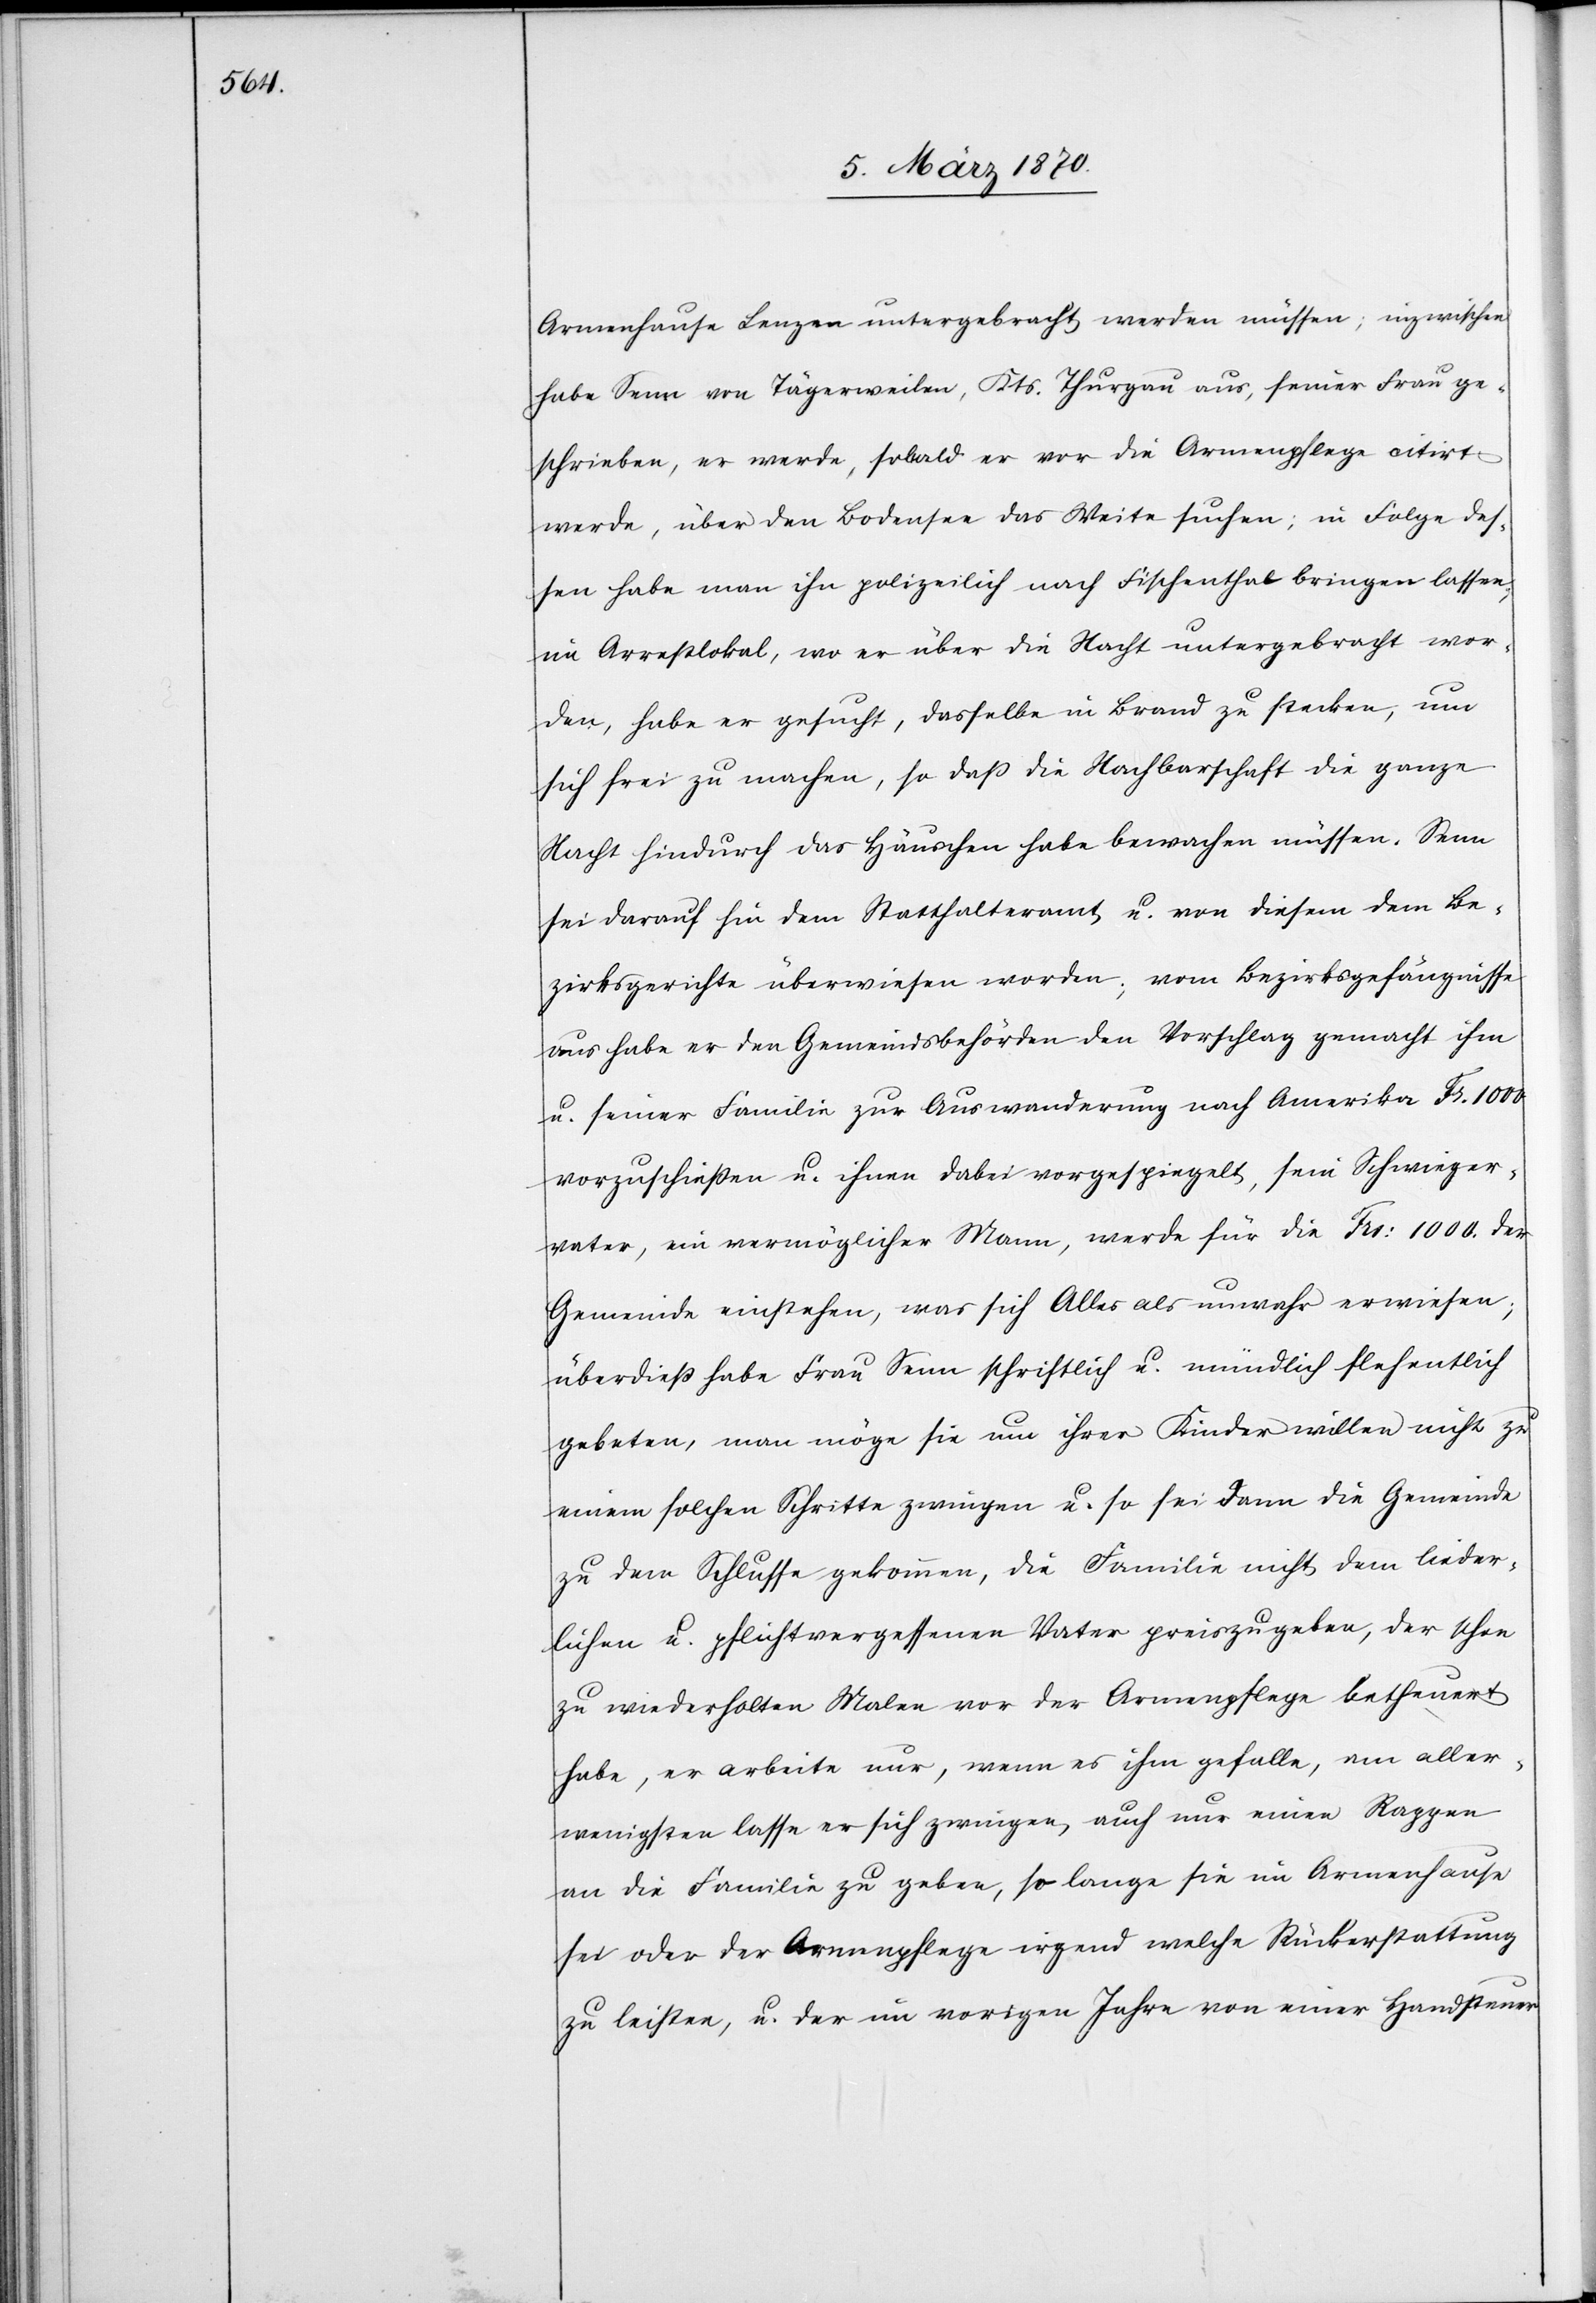
Armenhause Lenzen untergebracht werden müssen; inzwischen
habe Senn von Tägerweilen, Kts. Thurgau aus, seiner Frau ge¬
schrieben, er werde, sobald er vor die Armenpflege citirt
werde, über den Bodensee das Weite suchen; in Folge des¬
sen habe man ihn polizeilich nach Fischenthal bringen lassen;
im Arrestlokal, wo er über die Nacht untergebracht wor¬
den, habe er gesucht, dasselbe in Brand zu stecken, um
sich frei zu machen, so daß die Nachbarschaft die ganze
Nacht hindurch das Häuschen habe bewachen müssen. Senn
sei darauf hin dem Statthalteramt u. von diesem dem Be¬
zirksgerichte überwiesen worden; vom Bezirksgefängnisse
aus habe er den Gemeindsbehörden den Vorschlag gemacht ihm
u. seiner Familie zur Auswanderung nach Amerika Fr. 1000
vorzuschießen u. ihnen dabei vorgespiegelt, sein Schwieger¬
vater, ein vermöglicher Mann, werde für die Frs: 1000. der
Gemeinde einstehen, was sich Alles als unwahr erwiesen;
überdieß habe Frau Senn schriftlich u. mündlich flehentlich
gebeten, man möge sie um ihrer Kinder willen nicht zu
einem solchen Schritte zwingen u. so sei dann die Gemeinde
zu dem Schlusse gekommen, die Familie nicht dem lieder¬
lichen u. pflichtvergessenen Vater preiszugeben, der schon
zu wiederholten Malen vor der Armenpflege betheuert
habe, er arbeite nur, wenn es ihm gefalle, am aller¬
wenigsten lasse er sich zwingen, auch nur einen Rappen
an die Familie zu geben, so lange sie im Armenhause
sei oder der Armenpflege irgend welche Rückerstattung
zu leisten; u. der im vorigen Jahre von einer Handsteuer